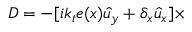
D = - [ i k _ { t } e ( x ) \hat { u } _ { y } + \delta _ { x } \hat { u } _ { x } ] \times